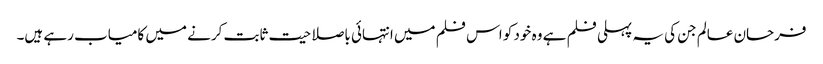
فرحان عالم جن کی یہ پہلی فلم ہے وہ خود کو اس فلم میں انتہائی باصلاحیت ثابت کرنے میں کامیاب رہے ہیں۔